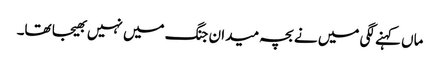
ماں کہنے لگی میں نے بچہ میدان جنگ میں نہیں بھیجا تھا۔